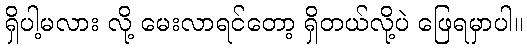
ရှိပါ့မလား လို့ မေးလာရင်တော့ ရှိတယ်လို့ပဲ ဖြေရမှာပါ။